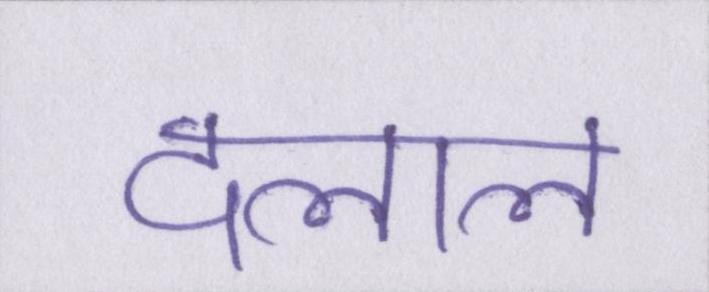
दलाल